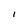
Character: l